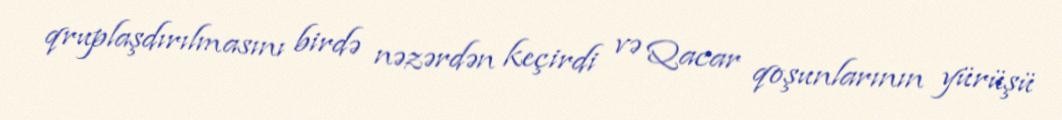
qruplaşdırılmasını birdə nəzərdən keçirdi və Qacar qoşunlarının yürüşü